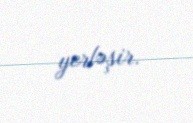
yerləşir.